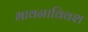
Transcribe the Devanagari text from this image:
भावनाविवश